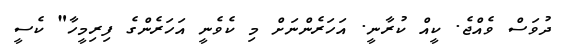
ދުވަސް ވެއްޖެ. ކީއް ކުރާނީ. އަހަރެންނަށް މި ކެވެނީ އަހަރެންގެ ފިރިމީހާ" ކެސީ